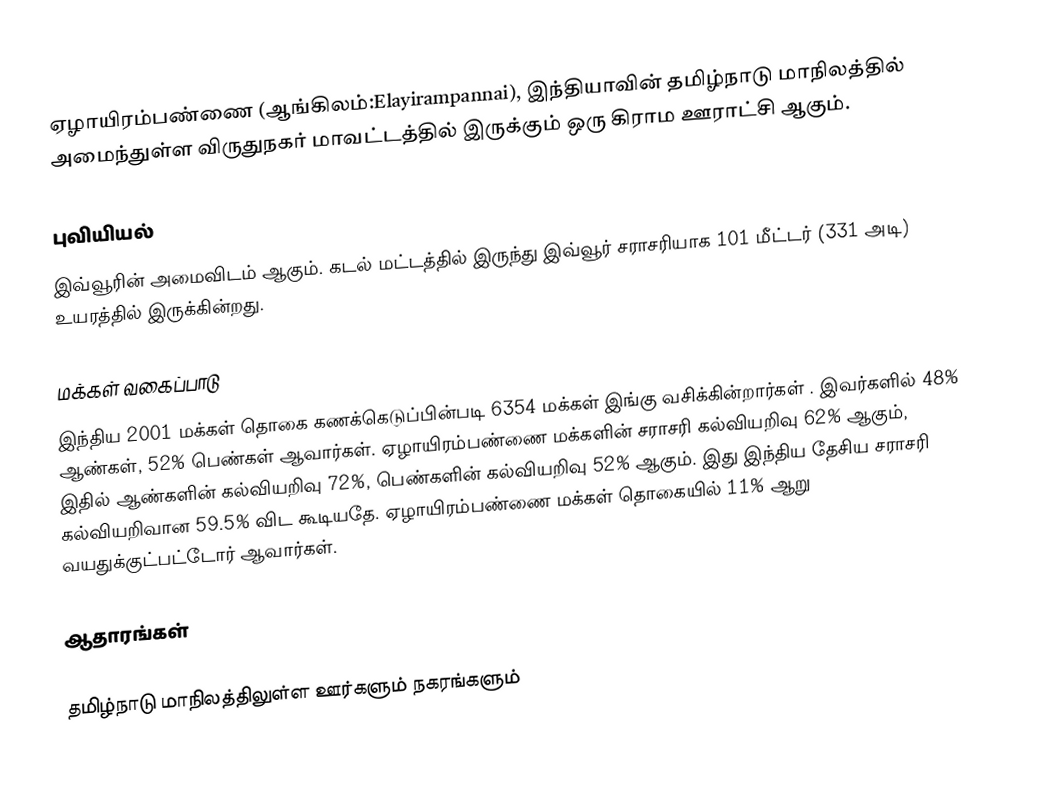
ஏழாயிரம்பண்ணை (ஆங்கிலம்:Elayirampannai), இந்தியாவின் தமிழ்நாடு மாநிலத்தில் அமைந்துள்ள விருதுநகர் மாவட்டத்தில் இருக்கும் ஒரு கிராம ஊராட்சி ஆகும்.

புவியியல்
இவ்வூரின் அமைவிடம்  ஆகும். கடல் மட்டத்தில் இருந்து இவ்வூர் சராசரியாக 101 மீட்டர் (331 அடி) உயரத்தில் இருக்கின்றது.

மக்கள் வகைப்பாடு
இந்திய 2001 மக்கள் தொகை கணக்கெடுப்பின்படி 6354 மக்கள் இங்கு வசிக்கின்றார்கள் . இவர்களில் 48% ஆண்கள், 52% பெண்கள் ஆவார்கள். ஏழாயிரம்பண்ணை மக்களின் சராசரி கல்வியறிவு 62% ஆகும், இதில் ஆண்களின் கல்வியறிவு 72%, பெண்களின் கல்வியறிவு 52% ஆகும். இது இந்திய தேசிய சராசரி கல்வியறிவான 59.5% விட கூடியதே. ஏழாயிரம்பண்ணை மக்கள் தொகையில் 11%  ஆறு வயதுக்குட்பட்டோர் ஆவார்கள்.

ஆதாரங்கள்

தமிழ்நாடு மாநிலத்திலுள்ள ஊர்களும் நகரங்களும்